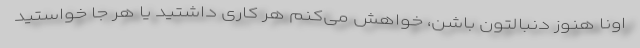
اونا هنوز دنبالتون باشن، خواهش می‌کنم هر کاری داشتید یا هر جا خواستید